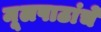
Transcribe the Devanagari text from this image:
मूलपाठांचे